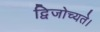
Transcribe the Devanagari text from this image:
द्विजोच्यते।